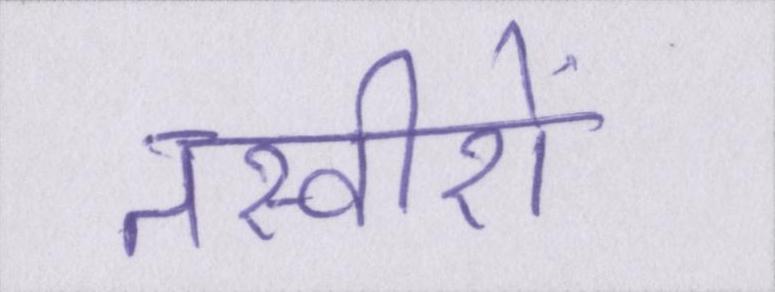
तस्वीरों